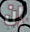
إن